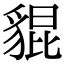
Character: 𧳢